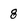
Character: 8